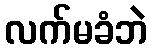
လက်မခံဘဲ